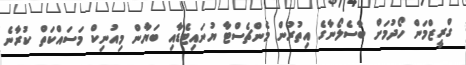
ގްރީޒްމަން ހޯދުމަށް ބާސެލޯނާގެ އިތުރުން މެންޗެސްޓާ ޔުނައިޓެޑާއި ބަޔާން މިއުނިކް މަސައްކަތް ކުރާނެ